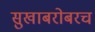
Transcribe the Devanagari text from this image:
सुखाबरोबरच